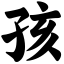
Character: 孩